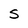
Character: S